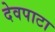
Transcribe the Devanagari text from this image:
देवपाटा